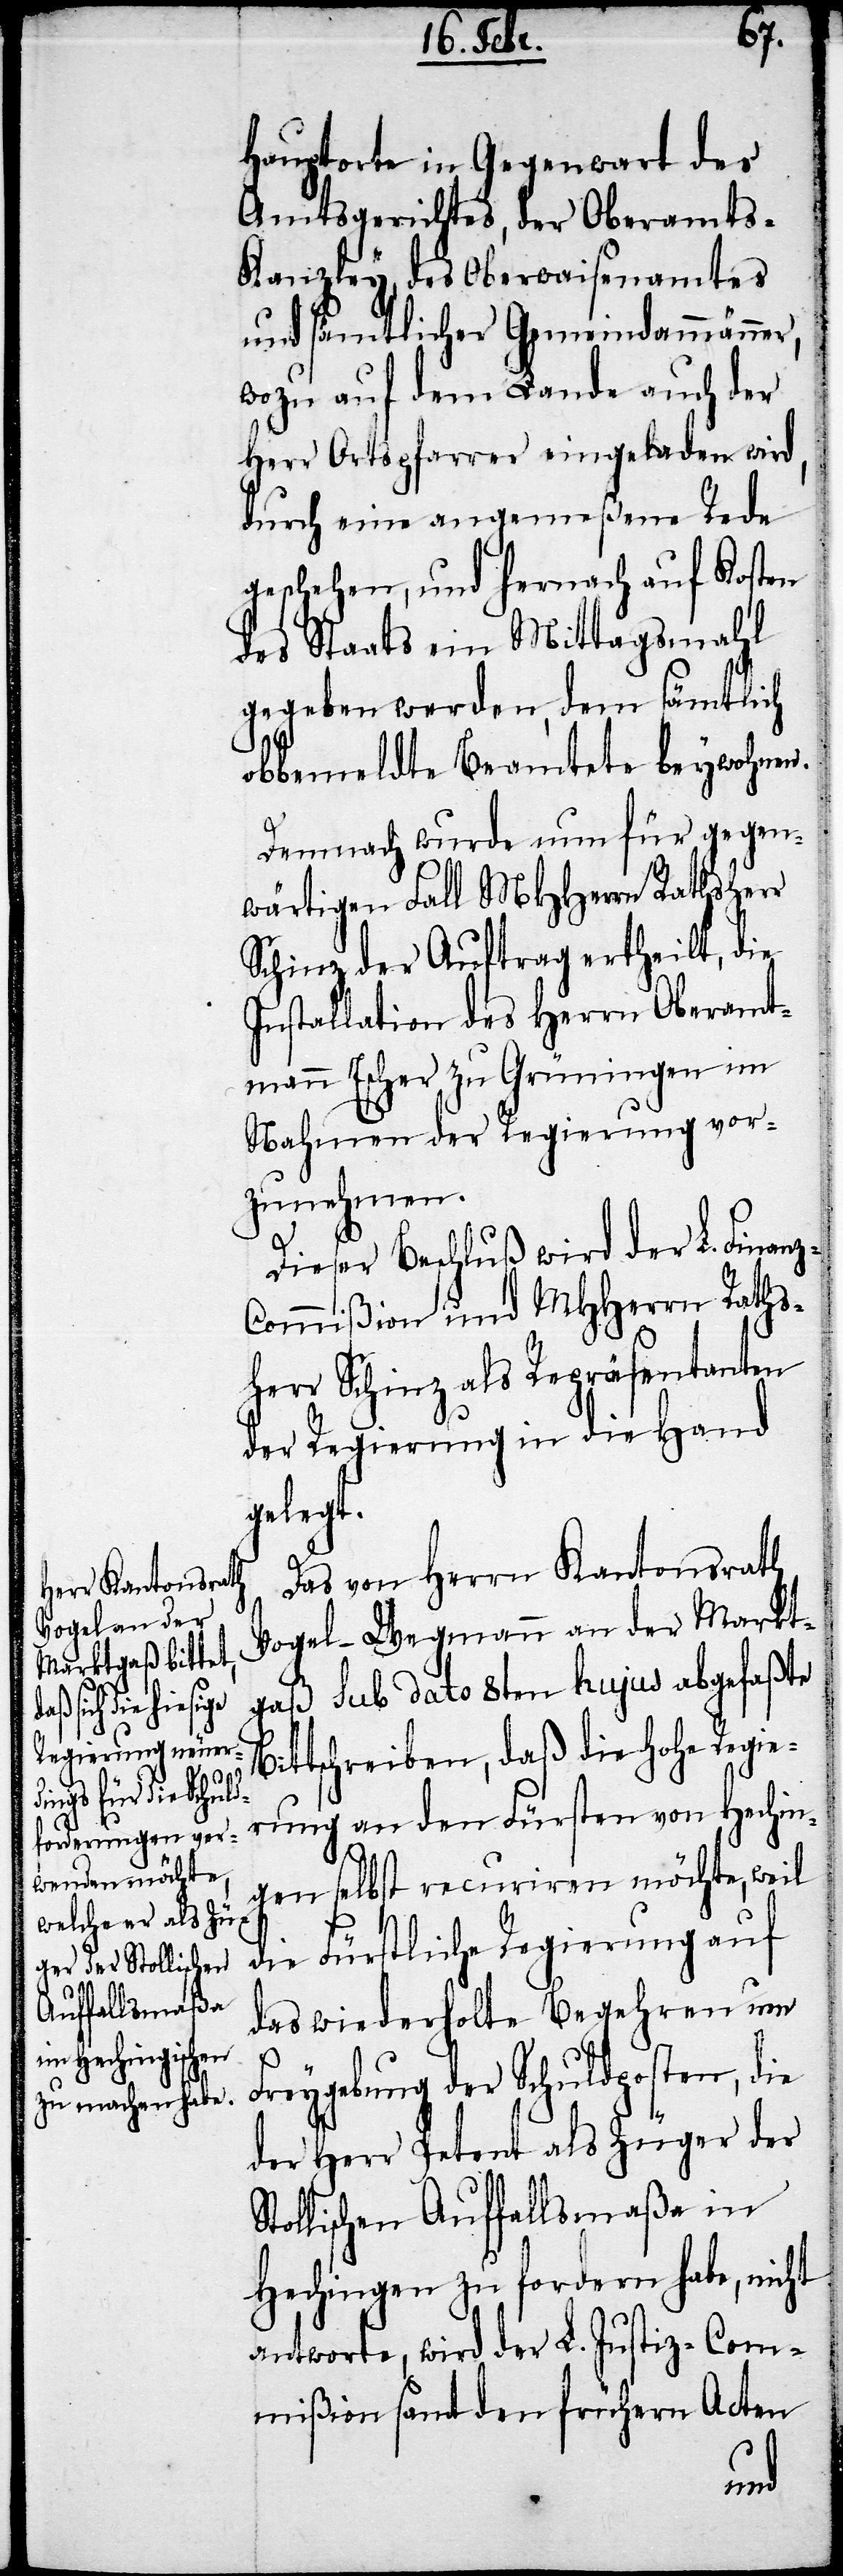
hauptorte in Gegenwart des
Amtsgerichtes, der Oberamts-K¬
anzley, des Oberwaisenamtes
und sämtlicher Gemeindammänner,
wozu auf dem Lande auch der
Herr Ortspfarrer eingeladen wird,
durch eine angemeßene Rede
geschehen, und hernach auf Kosten
des Staats ein Mittagsmahl
gegeben werden, dem sämtlich
obbemeldte Beamtete beywohnen.
Demnach wurde nun für gegen¬
wärtigen Fall MHHerrn Rathsherr
Schinz der Auftrag ertheilt, die
Installation des Herrn Oberamt¬
mann Escher zu Grüningen im
Nahmen der Regierung vor¬
zunehmen.
B¬
Dieser Beschluß wird der L. Finanz-C¬
ommißion und MHHerrn Raths¬
herr Schinz als Repräsentaten
der Regierung in die Hand
gelegt.
Das von Herrn Kantonsrath
Vogel-Wegmann an der Markt¬
gaß sub dato 8ten hujus abgefaßte
ittschreiben, daß die Hohe Regie¬
rung an den Fürsten von Hechin¬
gen selbst recuriren möchte, weil
die Fürstliche Regierung auf
das wiederholte Begehren um
Freygebung der Schuldposten, die
der Herr Petent als Züger der
Stollischen Auffallsmaßa in
Hechingen zu fordern habe, nicht
antworte, wird der L. Jusitz-Com¬
mißion samt den frühern Acten